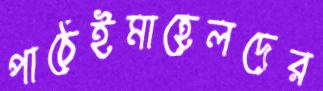
পাঠেইমাহেলদের